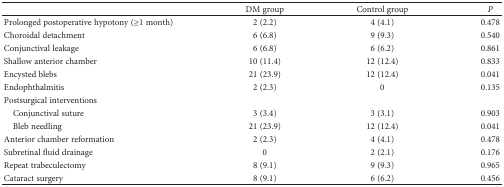
<table><thead><tr><td>[EMPTY_CELL]</td><td><b>DM group</b></td><td><b>Control group</b></td><td><b><i>P</i></b></td></tr></thead><tbody><tr><td>Prolonged postoperative hypotony (≥1 month)</td><td>2 (2.2)</td><td>4 (4.1)</td><td>0.478</td></tr><tr><td>Choroidal detachment</td><td>6 (6.8)</td><td>9 (9.3)</td><td>0.540</td></tr><tr><td>Conjunctival leakage</td><td>6 (6.8)</td><td>6 (6.2)</td><td>0.861</td></tr><tr><td>Shallow anterior chamber</td><td>10 (11.4)</td><td>12 (12.4)</td><td>0.833</td></tr><tr><td>Encysted blebs</td><td>21 (23.9)</td><td>12 (12.4)</td><td>0.041</td></tr><tr><td>Endophthalmitis</td><td>2 (2.3)</td><td>0</td><td>0.135</td></tr><tr><td colspan="4">Postsurgical interventions</td></tr><tr><td> Conjunctival suture</td><td>3 (3.4)</td><td>3 (3.1)</td><td>0.903</td></tr><tr><td> Bleb needling</td><td>21 (23.9)</td><td>12 (12.4)</td><td>0.041</td></tr><tr><td>Anterior chamber reformation</td><td>2 (2.3)</td><td>4 (4.1)</td><td>0.478</td></tr><tr><td>Subretinal fluid drainage</td><td>0</td><td>2 (2.1)</td><td>0.176</td></tr><tr><td>Repeat trabeculectomy</td><td>8 (9.1)</td><td>9 (9.3)</td><td>0.965</td></tr><tr><td>Cataract surgery</td><td>8 (9.1)</td><td>6 (6.2)</td><td>0.456</td></tr></tbody></table>